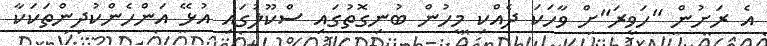
އެ ރަށުން "ހަވީރަ"ށް ވާހަކަ ދެއްކި މީހުން ބުނިގޮތުގައި ސްކޫލުގައި އުޅޭ އަންހެންކުދިންތަކަކާ